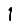
Digit: 1